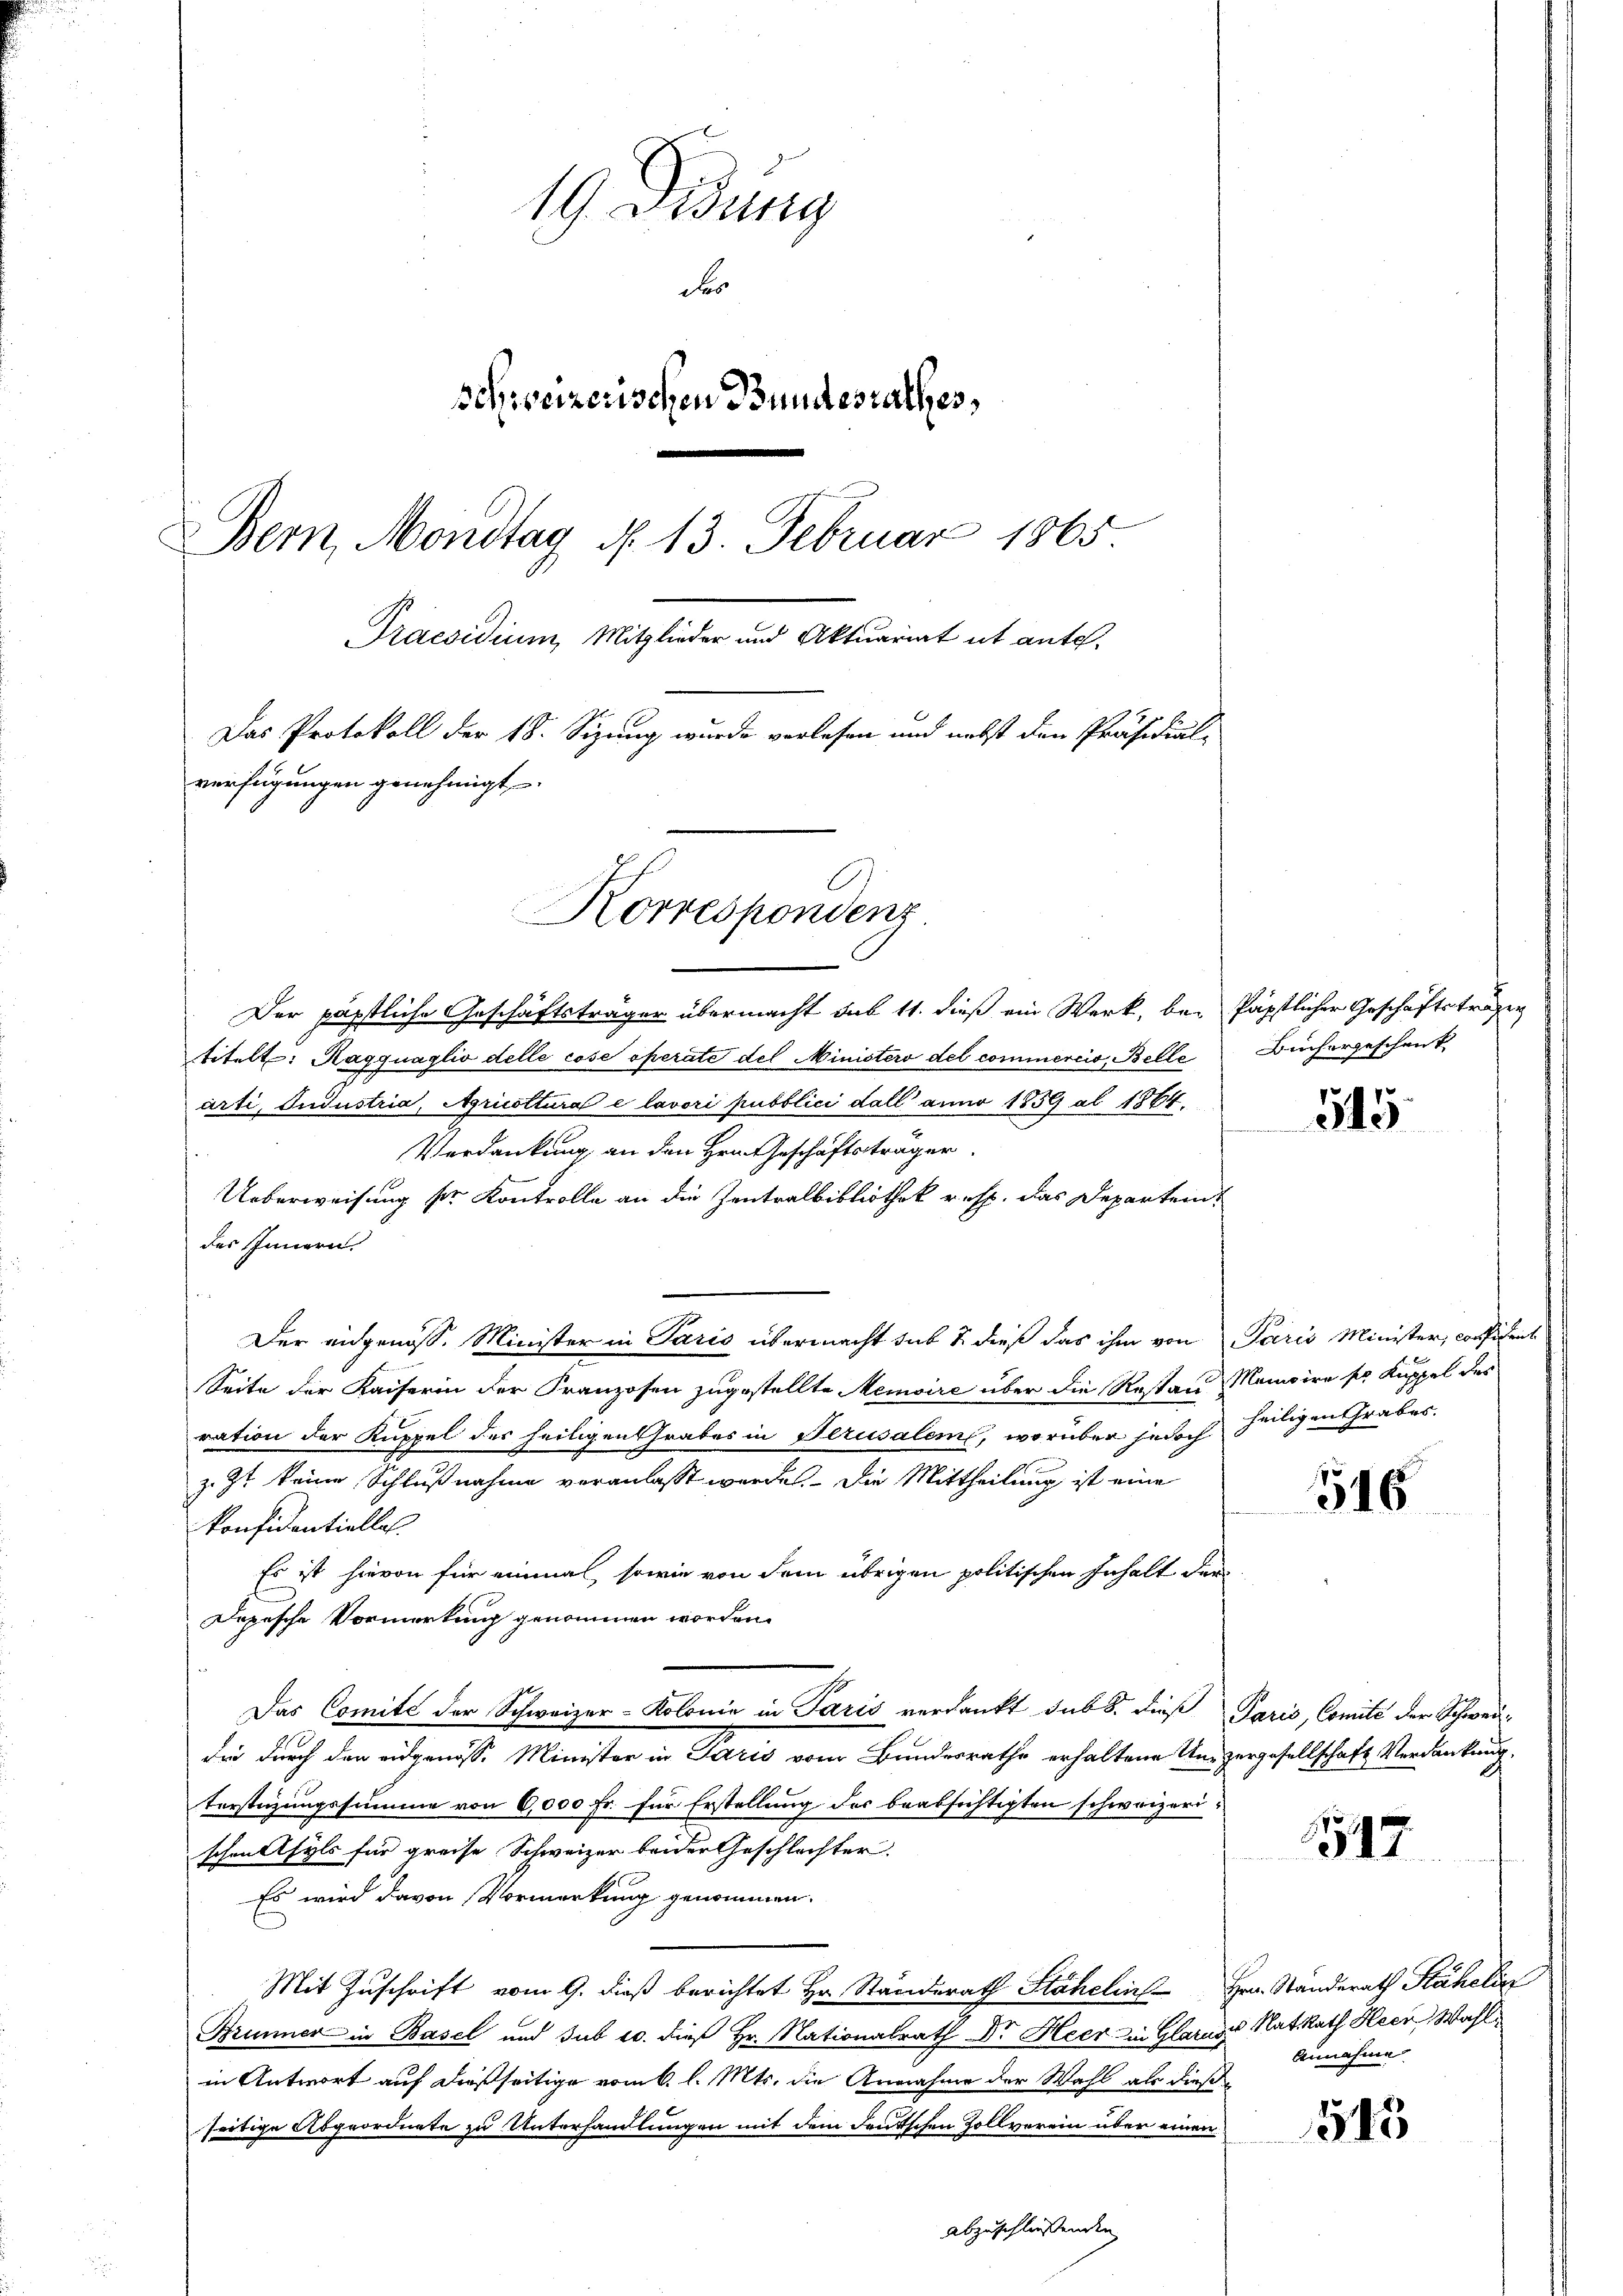
19 Didung
des
schweizerischen Bundesrathes,
Bern, Mondtag N. 13. Februar 1865.
Praesidium, Mitglieder und Aktuariat et ante.
Das Protokoll der 18. Sizung wurde vorlesen und nebst den Präsidial-
verfügungen genehmigt,
Korrespondenz

Der päpstliche Geschäftsträger übermacht sub 11. dieß ein Werk, be- Päpstlicher Geschäftsträger
titelt: Ragquaglio delle cose operate del Ministero del commercio, Belle
arti, Judustria, Agricottura e lavori pubblici dall’ anno 1859 al 1864.
Verdankung an den Hrn. Geschäftsträger.
Ueberweisung der Kontrolle an die Zentralbibliothek u. s. das Departen
des Innern.
Der eidgenoss. Minister in Paris übermacht sub & dieß das ihm von Paris Minister, confident
Seite der Kaiserin der Franzosen zugestellte Memoire über die Restan Memoire so Kuppel des
ration der Kuppel des heiligen Grabes in Serusaleme, worüber jedoch heiligen Grabes.
z. Zt keine Schlußnahme veranlasst werde. Die Mittheilung ist eine
konfidentielle.
Es ist hievon für einmal, sowie von dem übrigen politischen Inhalt der
Depesche Vormerkung genommen worden.
Das Comité der Schweizer-Kolonie in Paris verdankt sub 8. dieß Paris, Comité der Schwei-
die durch den eidgenosse Minister in Paris vom Bundesrathe erhaltene Unzergesellschaft Verdankung.
terstüzungssumme von 6,000 Fr. für Erstellung der beabsichtigten schweizerischen Asyls für preise Schweizer beider Geschlechter.
Es wird davon Vormerkung genommen.
Mit Zuschrift vom 9. dieß berichtet Hr. Standerath Stähelin Hrn. Standerath Stäheli
Brimmer in Basel und sub 20. dieß Hr. Nationalrath Dr. Heer in Glarus Nat. Rath Heer Wahlin Antwort auf dießseitige vom 6. l. Mts. die Annahme der Wahl als dieß
seitige Abgeordnete zu Unterhandlungen mit dem deutschen Zollverein über einen
abzuschliessenden

Büchergeschenk

315.

346

1947

Annahme

545